Report of the Imperial Institute of Veterinary Research, Muktesar
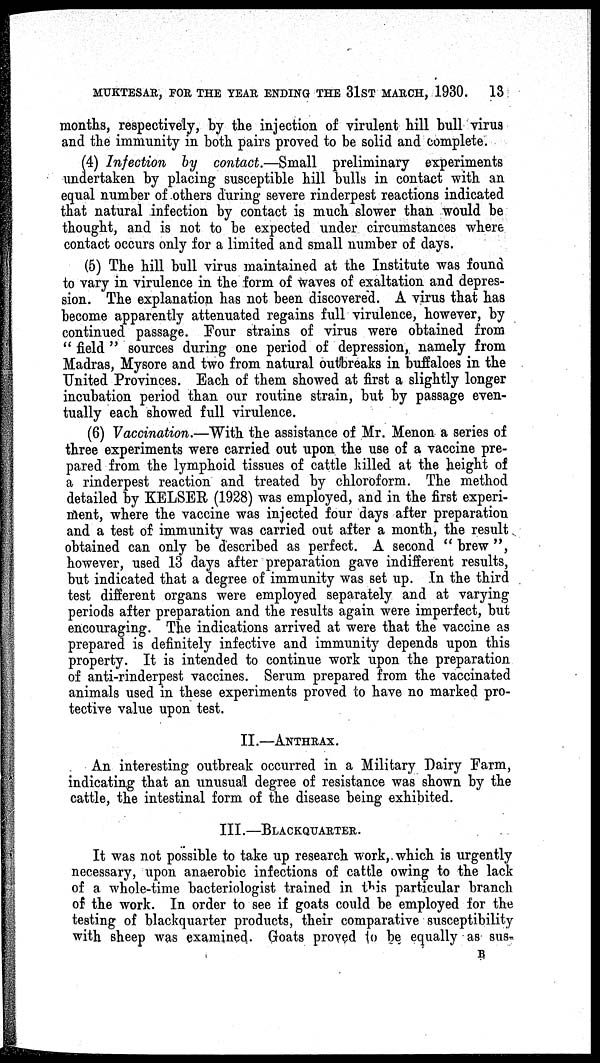
MUKTESAR, FOR THE YEAR ENDING THE 31ST MARCH, 1930.
13
months, respectively, by the injection of virulent hill bull virus
and the immunity in both pairs proved to be solid and complete.
(4) Infection by contact.—Small preliminary experiments
undertaken by placing susceptible hill bulls in contact with an
equal number of others during severe rinderpest reactions indicated
that natural infection by contact is much slower than would be
thought, and is not to be expected under circumstances where
contact occurs only for a limited and small number of days.
(5) The hill bull virus maintained at the Institute was found
to vary in virulence in the form of waves of exaltation and depres-
sion. The explanation has not been discovered. A virus that has
become apparently attenuated regains full virulence, however, by
continued passage. Four strains of virus were obtained from
"field" sources during one period of depression, namely from
Madras, Mysore and two from natural outbreaks in buffaloes in the
United Provinces. Each of them showed at first a slightly longer
incubation period than our routine strain, but by passage even-
tually each showed full virulence.
(6) Vaccination.—With the assistance of Mr. Menon a series of
three experiments were carried out upon the use of a vaccine pre-
pared from the lymphoid tissues of cattle killed at the height of
a rinderpest reaction and treated by chloroform. The method
detailed by KELSER (1928) was employed, and in the first experi-
ment, where the vaccine was injected four days after preparation
and a test of immunity was carried out after a month, the result
obtained can only be described as perfect. A second " brew ",
however, used 13 days after preparation gave indifferent results,
but indicated that a degree of immunity was set up. In the third
test different organs were employed separately and at varying
periods after preparation and the results again were imperfect, but
encouraging. The indications arrived at were that the vaccine as
prepared is definitely infective and immunity depends upon this
property. It is intended to continue work upon the preparation
of anti-rinderpest vaccines. Serum prepared from the vaccinated
animals used in these experiments proved to have no marked pro-
tective value upon test.
II.—ANTHRAX.
An interesting outbreak occurred in a Military Dairy Farm,
indicating that an unusual degree of resistance was shown by the
cattle, the intestinal form of the disease being exhibited.
III.—BLACKQUARTER.
It was not possible to take up research work, which is urgently
necessary, upon anaerobic infections of cattle owing to the lack
of a whole-time bacteriologist trained in this particular branch
of the work. In order to see if goats could be employed for the
testing of blackquarter products, their comparative susceptibility
with sheep was examined. Goats proved to be equally as sus-
B